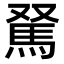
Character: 𩢂